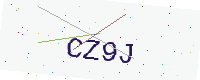
Text: CZ9J